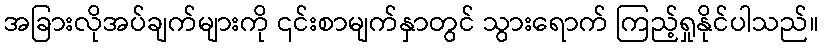
အခြားလိုအပ်ချက်များကို ၎င်းစာမျက်နှာတွင် သွားရောက် ကြည့်ရှုနိုင်ပါသည်။